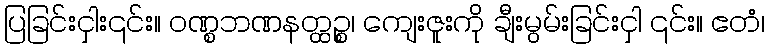
ပြခြင်းငှါး၎င်း။ ဝဏ္စဘဏနတ္ထဉ္စ၊ ကျေးဇူးကို ချီးမွမ်းခြင်းငှါ ၎င်း။ ဧတံ၊